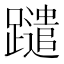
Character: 𨇀